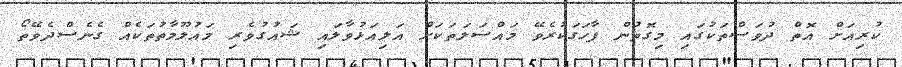
ކުރިއަށް އޮތް ދުވަސްތަކުގައި މިގޮތުން ފާހަގަކުރެވޭ މައްސަލަތަކަށް އަލިއަޅުވާލައި ޝައުގުވެރި މައުލޫމާތުތަކެއް ގެނެސްދެވޭތޯ